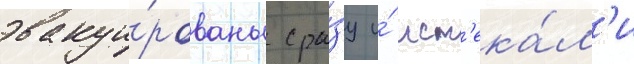
эвакуи́рованы сра́зу и́ ист'ека́л'и